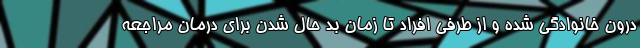
درون خانوادگی شده و از طرفی افراد تا زمان بد حال شدن برای درمان مراجعه